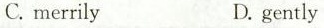
C. merrilyD. gently